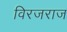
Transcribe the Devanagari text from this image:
विरजराज